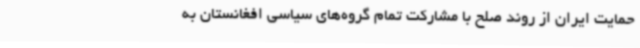
حمایت ایران از روند صلح با مشارکت تمام گروه‌های سیاسی افغانستان به